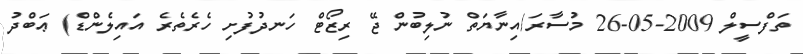
ތަފްސީލް 2009-05-26 މުސާރަ/އިނާޔަތް ނުލިބުން ޖޭ ރިޒޯޓް ހަނދުފުށި ހެރެތެރެ އައިލެންޑް) ޢަބްދު